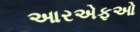
આરએફઓ